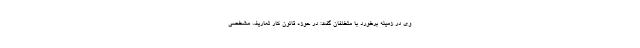
وی در زمینه برخورد با متخلفان گفت: در حوزه قانون کار تعاریف مشخصی